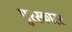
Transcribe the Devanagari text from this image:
पुरस्कारर